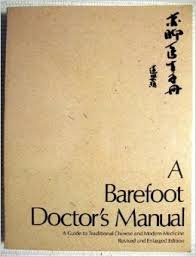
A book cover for A Barefoot Doctor's Manual; Chung Hu-Nan Chiao Ch-Ih; Medical Books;